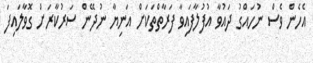
އެހެން ވެސް ނުހައްގު ދައުވާ އުފުލާފައިވާ ފަރާތްތަކަށް އަނިޔާ ނުދޭން ސަރުކާރަށް ގޮވާލައިފަ